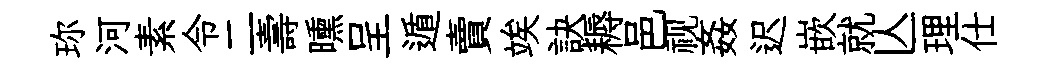
珎河素令二壽曛呈遁賣竢訣耨邑视姦迟嵌就亾理仕